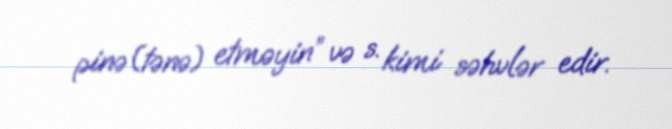
pinə(tənə) etməyin” və s. kimi səhvlər edir.